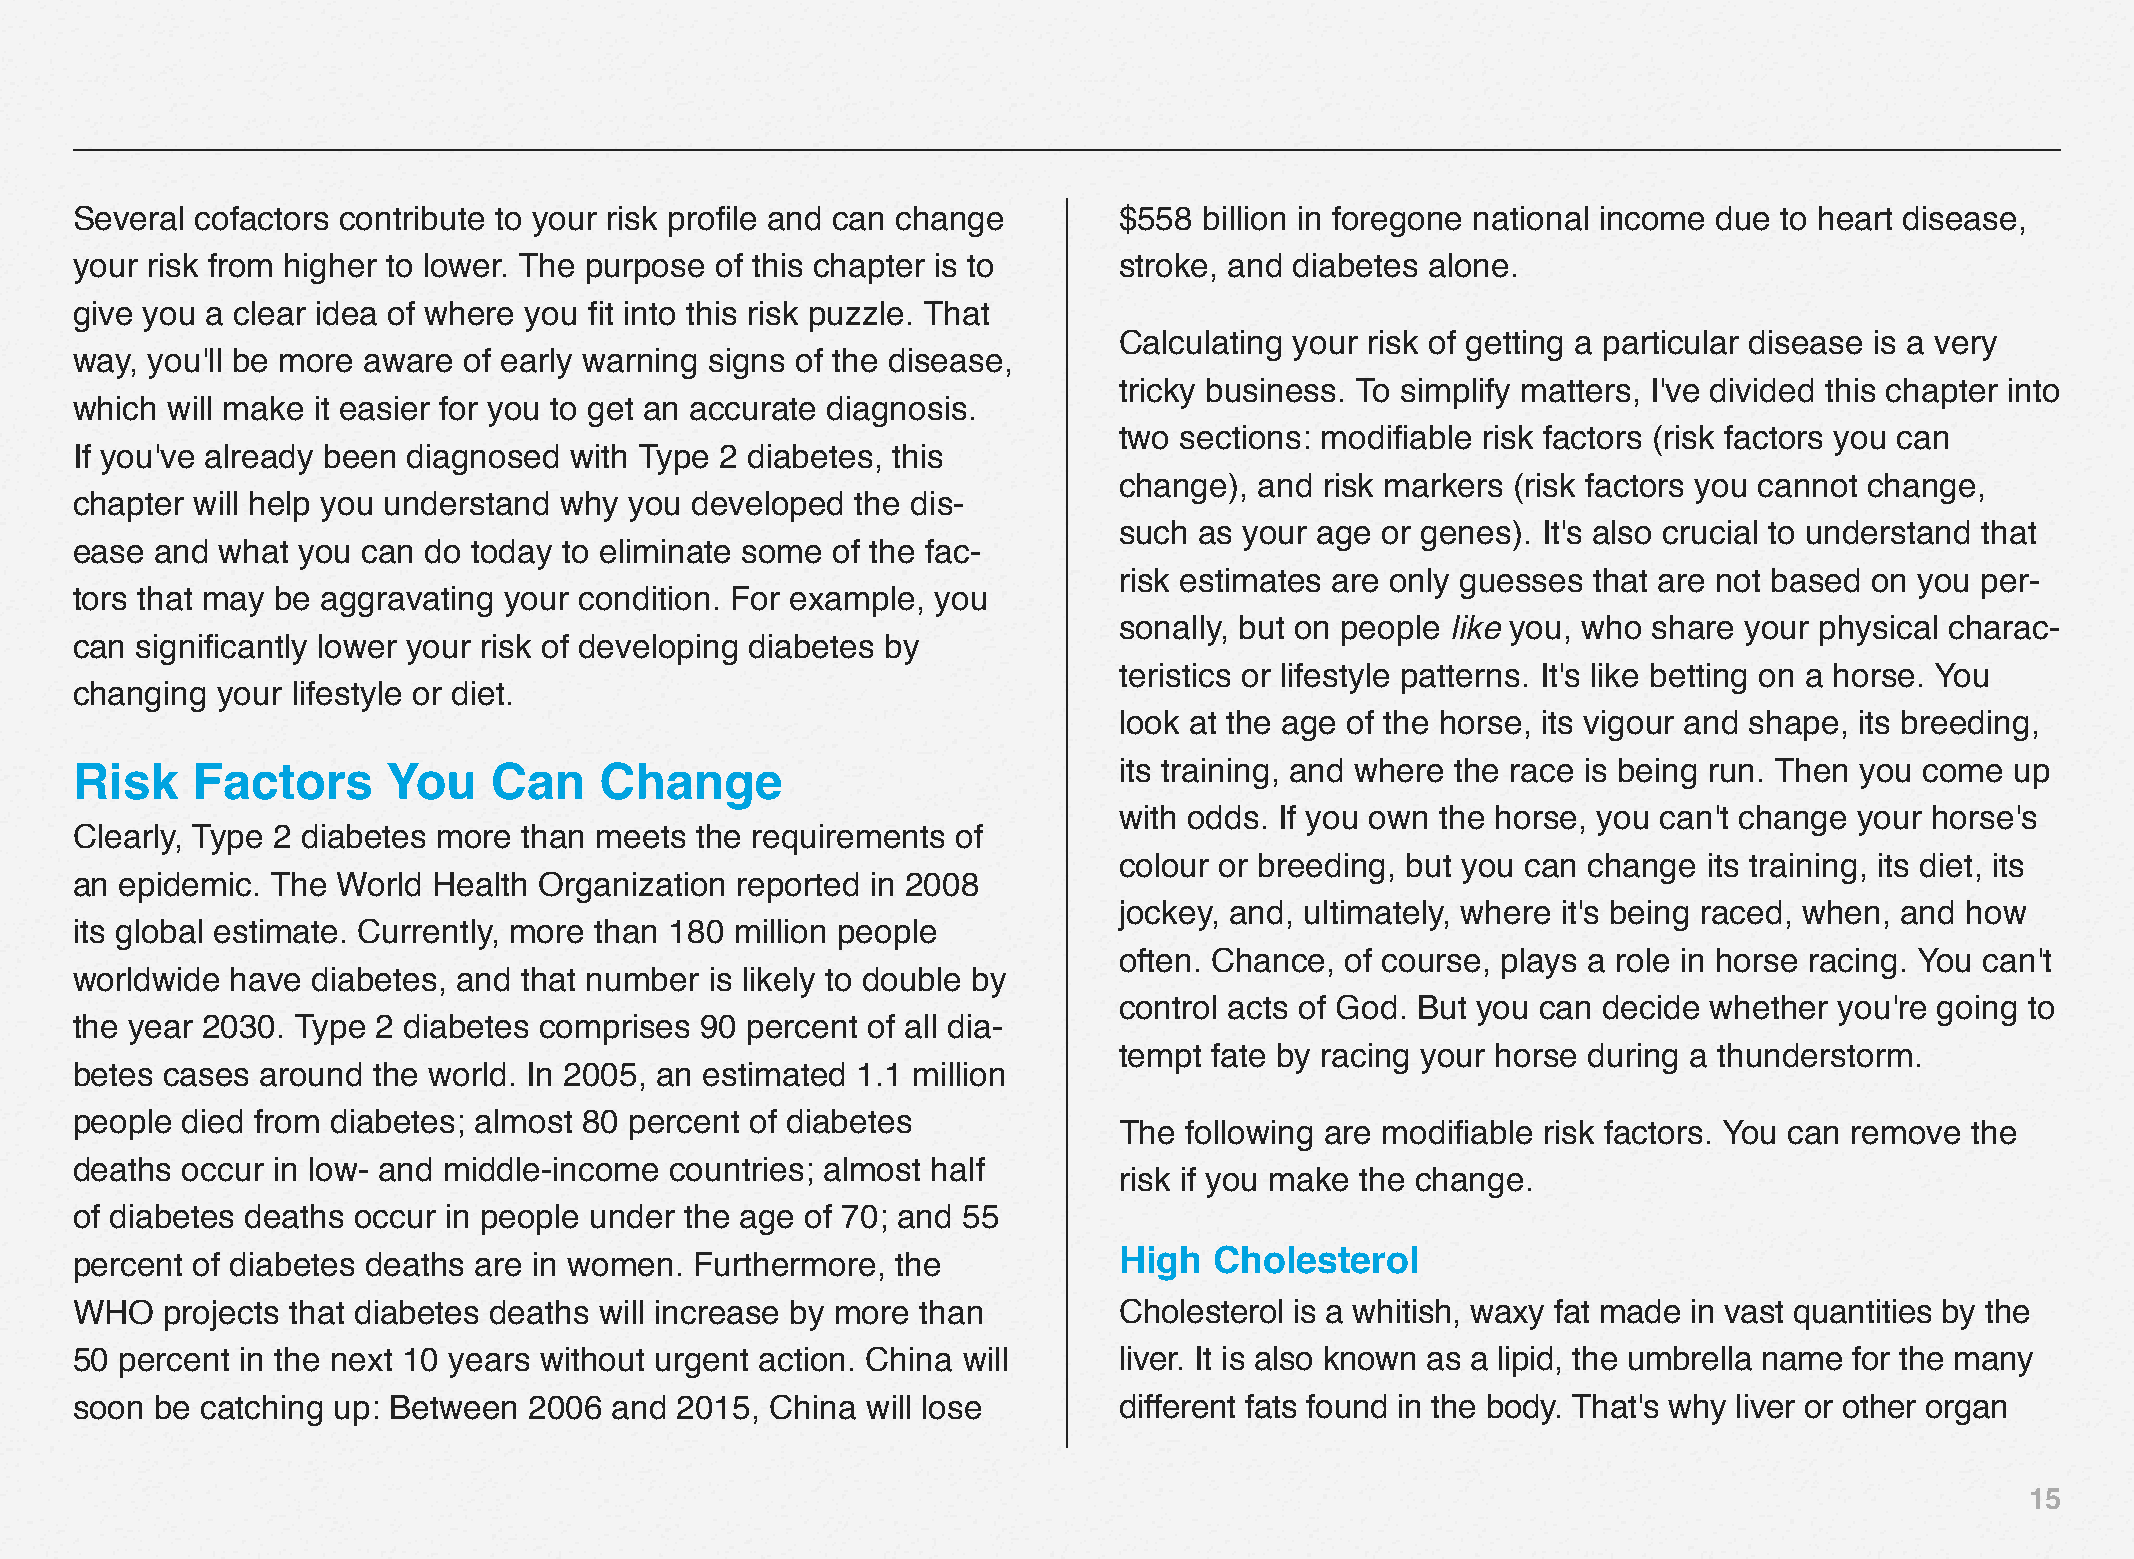
Several cofactors contribute to your risk profile and can change     $558  billion in foregone national income due to heart disease,
 your risk from higher to lower. The purpose of this chapter is to    stroke, and diabetes alone.
 give you a clear idea of where you fit into this risk puzzle. That
 Calculating your risk of getting a particular disease is a very
 way, you'll be more aware of early warning signs of the disease,
 tricky business. To simplify matters, I've divided this chapter into
 which will make it easier for you to get an accurate diagnosis.
 two sections: modifiable risk factors (risk factors you can
 If you've already been diagnosed with Type 2 diabetes, this
 change), and  risk markers (risk factors you cannot change,
 chapter will help you understand why you developed  the dis-
 such as your age or genes). It's also crucial to understand that
 ease and  what you can do today to eliminate some of the fac-
 risk estimates are only guesses that are not based on you per-
 tors that may be aggravating your condition. For example, you
 sonally, but on people like you, who share your physical charac-
 can significantly lower your risk of developing diabetes by
 teristics or lifestyle patterns. It's like betting on a horse. You
 changing your lifestyle or diet.
 look at the age of the horse, its vigour and shape, its breeding,
 Risk    Factors      You   Can     Change                            its training, and where the race is being run. Then you come up
 with odds. If you own the horse, you can't change your horse's
 Clearly, Type 2 diabetes more than meets the requirements of
 colour or breeding, but you can change its training, its diet, its
 an epidemic. The World  Health Organization reported in 2008
 jockey, and, ultimately, where it's being raced, when, and how
 its global estimate. Currently, more than 180 million people
 often. Chance, of course, plays a role in horse racing. You can't
 worldwide have  diabetes, and that number is likely to double by
 control acts of God. But you can decide whether you're going to
 the year 2030. Type 2 diabetes comprises 90 percent of all dia-
 tempt fate by racing your horse during a thunderstorm.
 betes cases around  the world. In 2005, an estimated 1.1 million
 people died from diabetes; almost 80 percent of diabetes
 The following are modifiable risk factors. You can remove the
 deaths occur in low- and middle-income countries; almost half
 risk if you make the change.
 of diabetes deaths occur in people under the age of 70; and 55
 percent of diabetes deaths are in women. Furthermore, the            High  Cholesterol
 WHO   projects that diabetes deaths will increase by more than       Cholesterol is a whitish, waxy fat made in vast quantities by the
 50 percent in the next 10 years without urgent action. China will    liver. It is also known as a lipid, the umbrella name for the many
 soon be catching up: Between  2006  and 2015, China will lose        different fats found in the body. That's why liver or other organ
 15